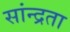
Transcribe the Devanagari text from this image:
सांन्द्रता